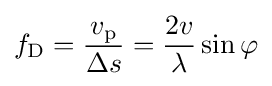
f_{\text{D}}={\frac {v_{\text{p}}}{\Delta s}}={\frac {2v}{\lambda }}\sin \varphi